King Institute of Preventive Medicine Micro-Biological Section reports 1909-11
Year: 1909
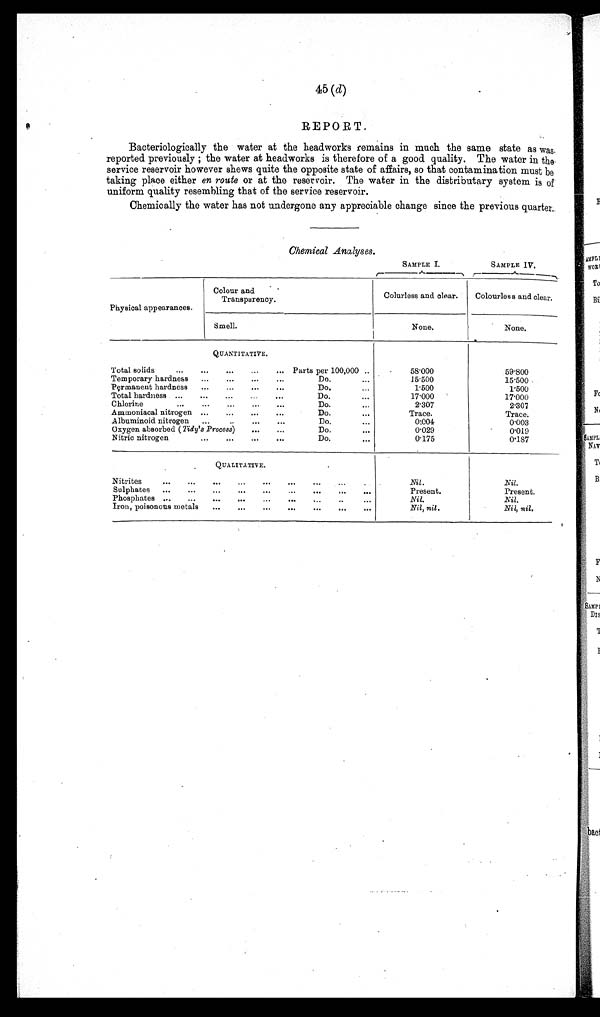
45 (d)
REPORT.
Bacteriologically the water at the headworks remains in much the same state as was
reported previously ; the water at headworks is therefore of a good quality. The water in the
service reservoir however shews quite the opposite state of affairs, so that contamination must be
taking place either en route or at the reservoir. The water in the distributary system is of
uniform quality resembling that of the service reservoir.
Chemically the water has not undergone any appreciable change since the previous quarter.
Chemical Analyses.
SAMPLE I.
SAMPLE IV.
Physical appearances.
Colour and
Transparency.
Colurless and clear.
Colourless and clear.
Smell.
None.
None.
QUANTITATIVE.
Total solids
...
...
...
...
... Parts per 100,000 ..
58.000
59.800
Temporary hardness ...
...
...
...
Do.
...
15.500
15.500
Permanent hardness ...
...
...
...
Do.
...
1.500
1.500
Total hardness ...
...
... ...
...
Do.
...
17.000
17.000
Chlorine...
... ... ... ...
Do.
... 2.307
2.307
Ammoniacal nitrogen ... ... ... ...
Do.
... Trace.
Trace.
Albuminoid nitrogen ...
... ... ...
Do.
...
0.004
0.003
Oxygen absorbed (tidy's Process)
...
...
Do.
...
0.029
0.019
Nitric nitrogen
... ...
...
...
Do.
...
0.175
0.187
QUALITATIVE.
Nitrite
... ... ...
... ...
...
... ... ...
Nil.
Nil
Sulphates ...
...
...
... ...
... ...
...
...
Present.
Present.
Phosphates ...
...
...
...
...
... ...... ...
Nil.
Nil.
Iron, poisonous metals ...
...
...
...
...
... ...
Nil, nil.
Nil, nil.
A
!t:bae